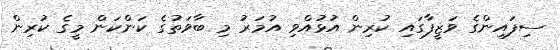
ސިފައިންގެ ވަޒީފާގައި ކުރިން އުޅުއްވި އުމަރު މި ބާވަތުގެ ކަންކަން މީގެ ކުރިން